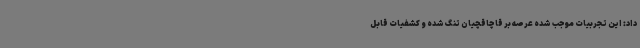
داد: این تجربیات موجب شده عرصه بر قاچاقچیان تنگ شده و کشفیات قابل